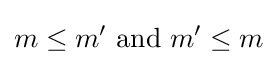
m\leq m^{\prime }{\text{ and }}m^{\prime }\leq m